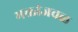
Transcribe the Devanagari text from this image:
भक्तांजवळ